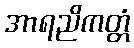
အာရညိကတ္တံ